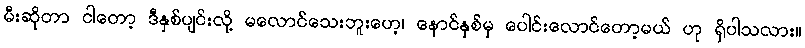
မီးဆိုတာ ငါတော့ ဒီနှစ်ပျင်းလို့ မလောင်သေးဘူးဟေ့၊ နောင်နှစ်မှ ပေါင်းလောင်တော့မယ် ဟု ရှိပါသလား။